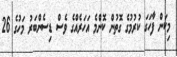
މިކަން ފާހަގަ ކުރުމުގެ ގޮތުން ކޮންމެ އަހަރެއްގެ ވެސް ޑިސެންބަރު މަހުގެ 26